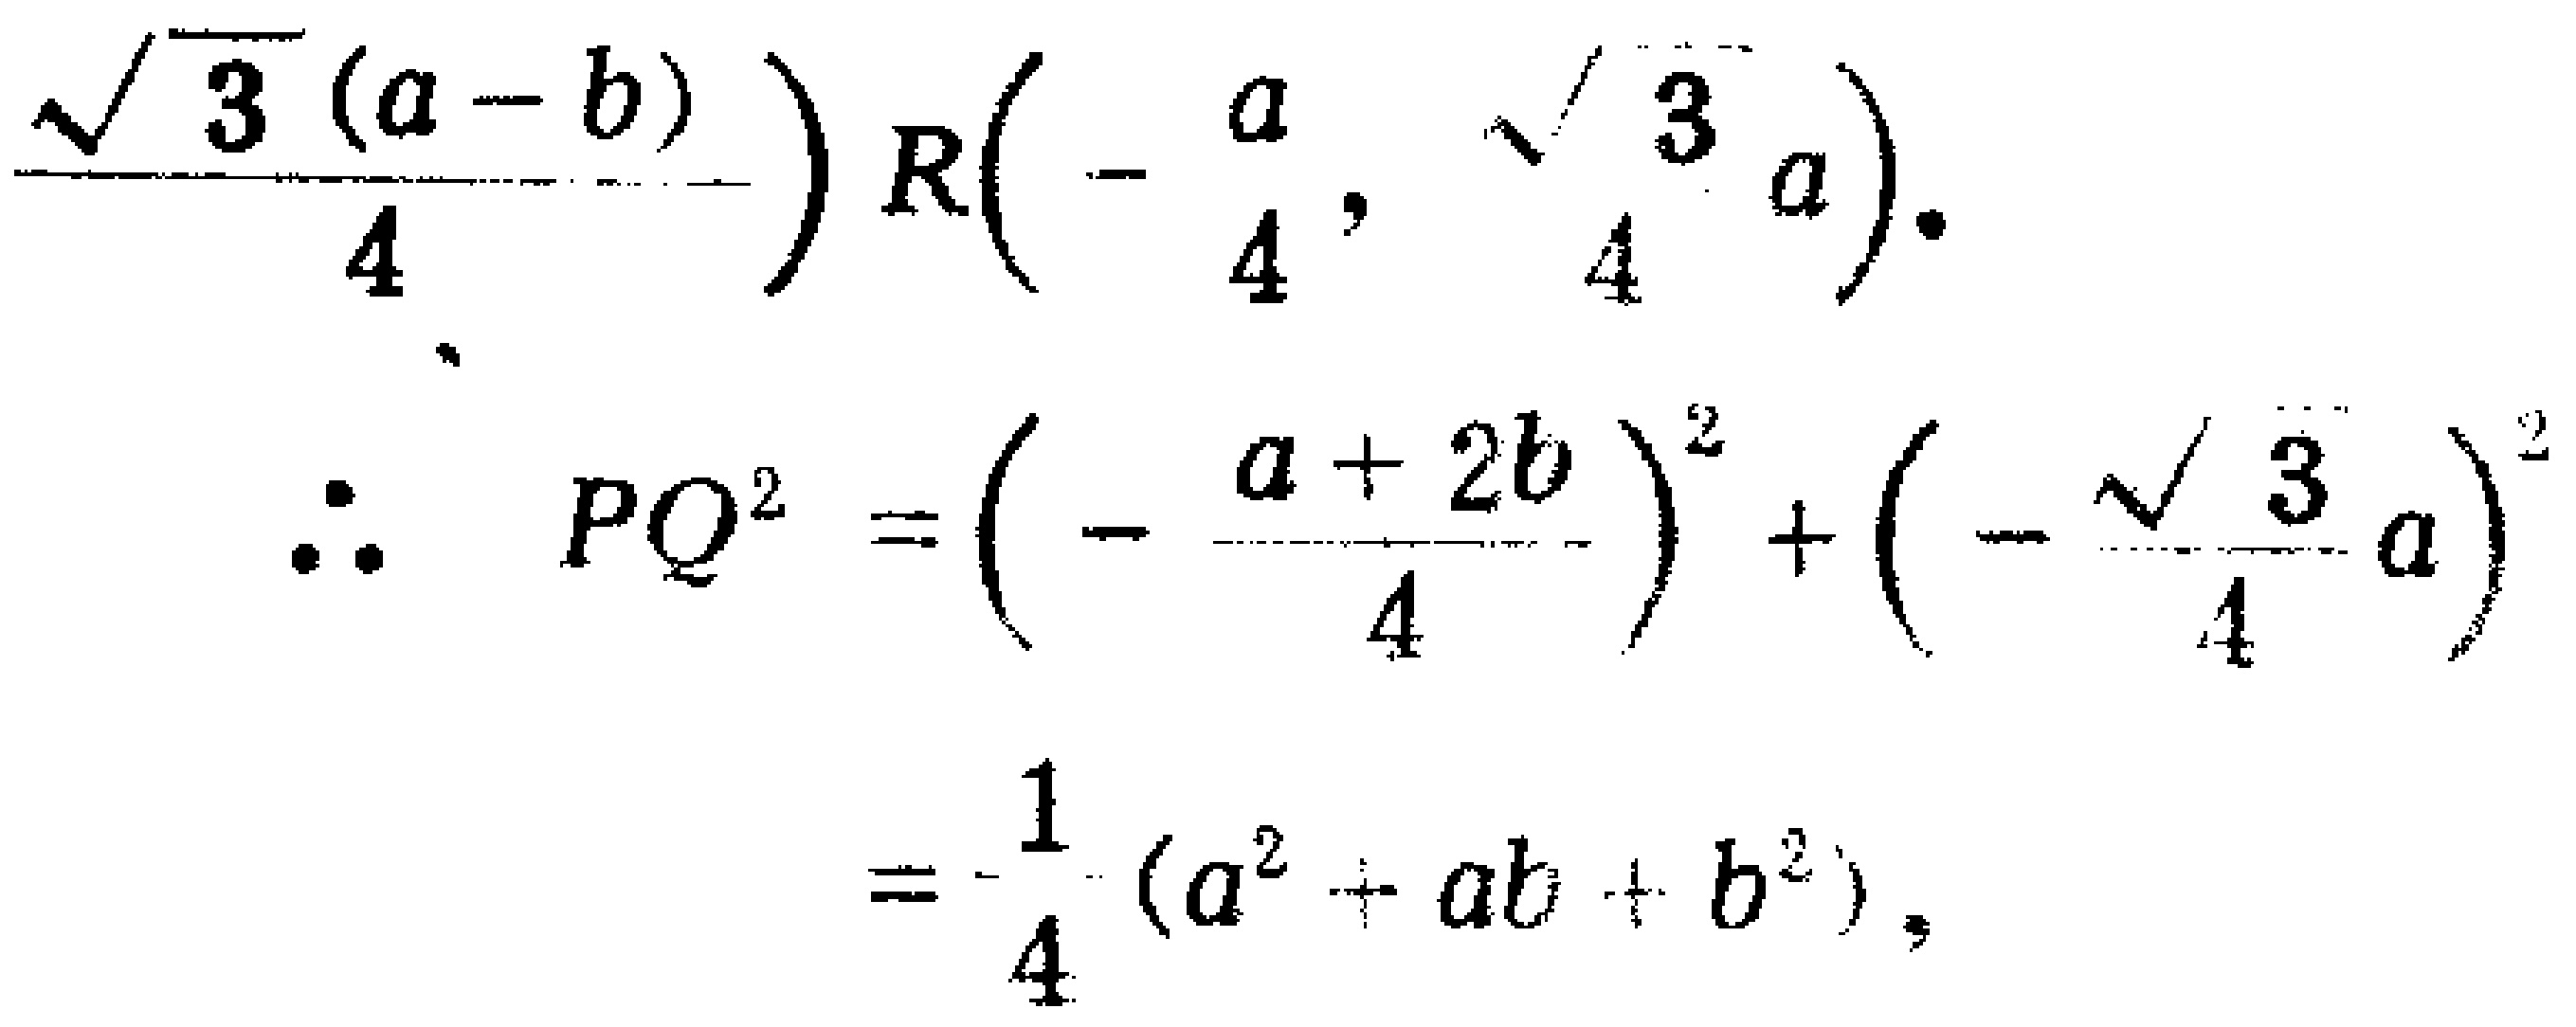
\[

\begin{align*}

&\frac{\sqrt{3}(a - b)}{4})R\left(-\frac{a}{4}, \frac{\sqrt{3}}{4}a\right).\\

\therefore\quad PQ^{2}&=\left(-\frac{a + 2b}{4}\right)^{2}+\left(-\frac{\sqrt{3}}{4}a\right)^{2}\\

&=\frac{1}{4}(a^{2}+ab + b^{2}),

\end{align*}

\]